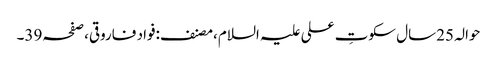
حوالہ 25سال سکوتِ علی علیہ السلام،مصنف:فواد فاروقی،صفحہ39۔